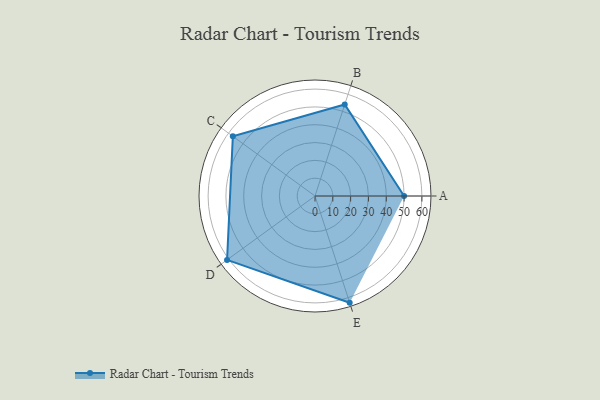
{"axis": {"x": "Skill", "y": "Score"}, "legend": ["Profile"], "data": [{"x": "A", "y": 50.0, "type": "Profile"}, {"x": "B", "y": 54.0, "type": "Profile"}, {"x": "C", "y": 57.0, "type": "Profile"}, {"x": "D", "y": 61.0, "type": "Profile"}, {"x": "E", "y": 63.0, "type": "Profile"}]}